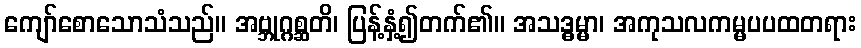
ကျော်စောသောသံသည်။ အဗ္ဘုဂ္ဂစ္ဆတိ၊ ပြန့်နှံ့၍တက်၏။ အသဒ္ဓမ္မာ၊ အကုသလကမ္မပပထတရား